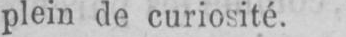
plein de curiosité.